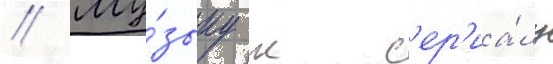
// Му́зыку к с'ер'иа́лу